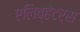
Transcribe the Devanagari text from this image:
एलिव्हेटर्स